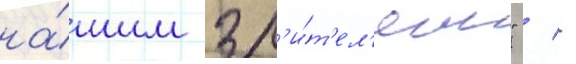
на́шим зр'и́т'ел'ям" / -